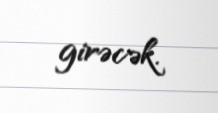
girəcək.